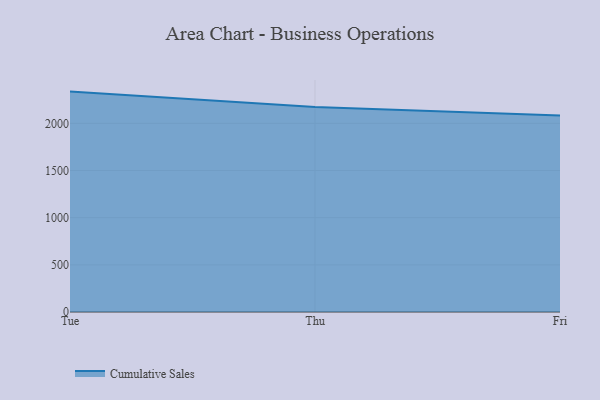
{"axis": {"x": "Day", "y": "Active Users"}, "legend": ["Cumulative Sales"], "data": [{"x": "Tue", "y": 2336.3, "type": "Cumulative Sales"}, {"x": "Thu", "y": 2172.3, "type": "Cumulative Sales"}, {"x": "Fri", "y": 2082.3, "type": "Cumulative Sales"}]}